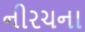
નીરચના